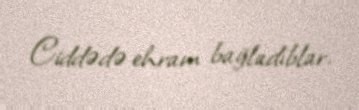
Ciddədə ehram bağladıblar.